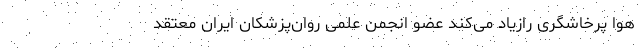
هوا پرخاشگری رازیاد می‌کند عضو انجمن علمی روان‌پزشکان ایران معتقد